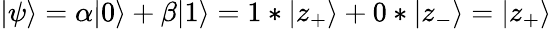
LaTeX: |\psi\rangle=\alpha|0\rangle+\beta|1\rangle=1*|z_{+}\rangle+0*|z_{-}\rangle=|z_{+}\rangle